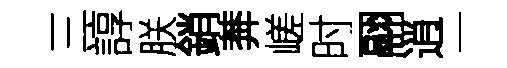
三諄朕銷莾嵯时翮逍一